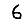
Digit: 6